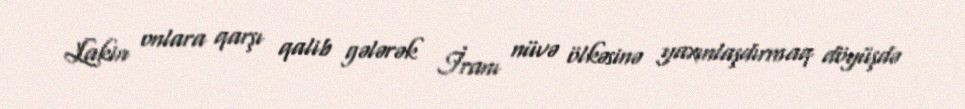
Lakin onlara qarşı qalib gələrək İranı nüvə ölkəsinə yaxınlaşdırmaq döyüşdə